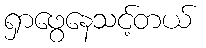
ရှာဖွေနေသင့်တယ်